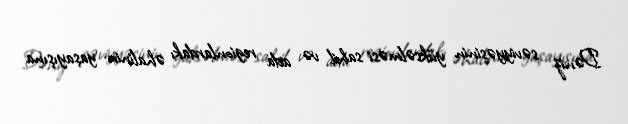
Dəniz səviyyəsinin yüksəlməsi sahil və ada regionlardakı əhalinin yaşayışına